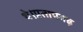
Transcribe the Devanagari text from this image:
थे।प्रतापगढ़